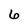
Character: 6